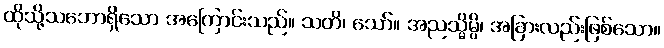
ထိုသို့သဘောရှိသော အကြောင်းသည်။ သတိ၊ သော်။ အညသ္မိမ္ပိ၊ အခြားလည်းဖြစ်သော။